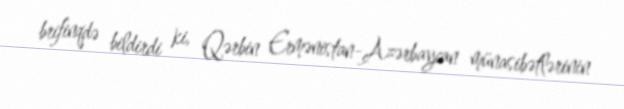
brifinqdə bildirdi ki, Qərbin Ermənistan-Azərbaycan münasibətlərinin